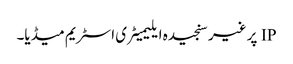
IP پر غیر سنجیدہ ایلیمیٹری اسٹریم میڈیا۔